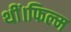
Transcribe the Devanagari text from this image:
थीं।फिल्म